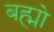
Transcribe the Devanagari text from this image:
बह्मो